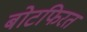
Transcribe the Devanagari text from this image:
बोटफिरत